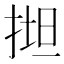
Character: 𢯟